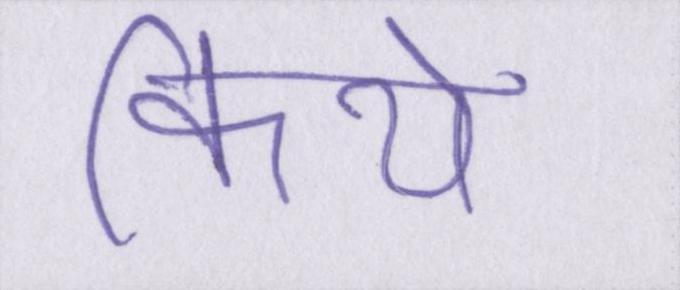
किये।